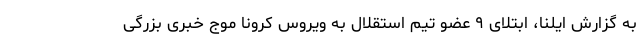
به گزارش ایلنا، ابتلای ۹ عضو تیم استقلال به ویروس کرونا موج خبری بزرگی